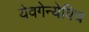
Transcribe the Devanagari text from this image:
येवगेन्येविच